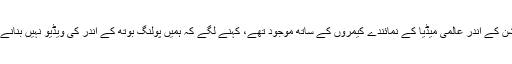
پولنگ اسٹیشن کے اندر عالمی میڈیا کے نمائندے کیمروں کے ساتھ موجود تھے، کہنے لگے کہ ہمیں پولنگ بوتھ کے اندر کی ویڈیو نہیں بنانے دے رہے ۔